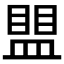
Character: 𰥀